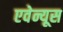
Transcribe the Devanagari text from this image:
एवेन्यूस